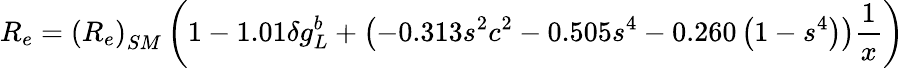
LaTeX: R_{e}=\left(R_{e}\right)_{SM}\left(1-1.01\delta g_{L}^{b}+\left(-0.313s^{2}c^{2}-0.505s^{4}-0.260\left(1-s^{4}\right)\right){\frac{1}{x}}\right)